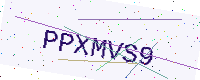
Text: PPXMVS9